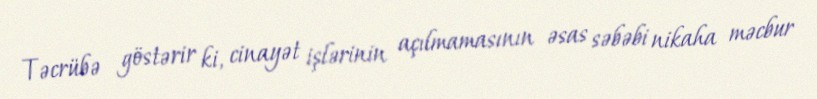
Təcrübə göstərir ki, cinayət işlərinin açılmamasının əsas səbəbi nikaha məcbur